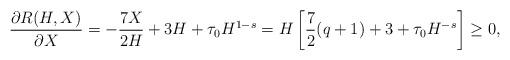
LaTeX: \begin{align*}\frac{\partial R(H,X)}{\partial X} = -\frac{7X}{2H} + 3 H + \tau_0H^{1-s} = H \left[\frac72 (q+1)+3+\tau_0 H^{-s} \right] \geq 0,\end{align*}